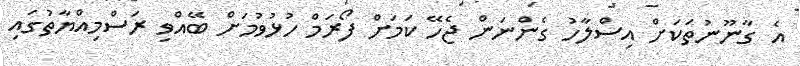
އެ ގާނޫނުތަކަށް އިސްލާހު ގެންނަން ޖެހޭ ކަމަށް ފޯރަމް ހުޅުވުމަށް ބޭއްވި ރަސްމިއްޔާތުގައި